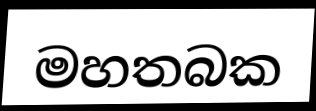
මහතබක